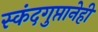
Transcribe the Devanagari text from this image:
स्कंदगुप्तानेही